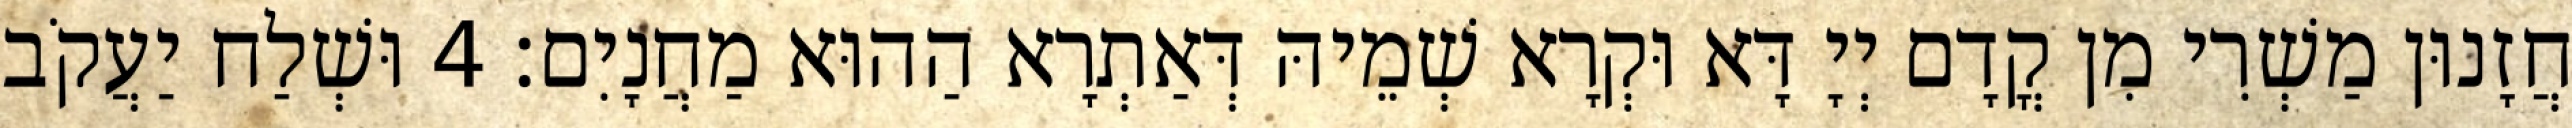
חֲזָנוּן מַשְׁרִי מִן קֳדָם יְיָ דָּא וּקְרָא שְׁמֵיהּ דְּאַתְרָא הַהוּא מַחֲנָיִם׃ 4 וּשְׁלַח יַעֲקֹב